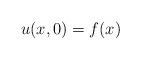
LaTeX: \begin{align*}u(x,0) = f(x)\end{align*}